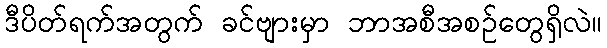
ဒီပိတ်ရက်အတွက် ခင်ဗျားမှာ ဘာအစီအစဉ်တွေရှိလဲ။